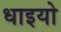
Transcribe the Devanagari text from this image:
धाइयो